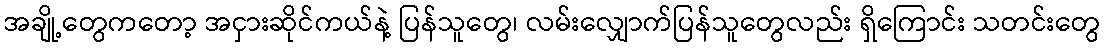
အချို့တွေကတော့ အငှားဆိုင်ကယ်နဲ့ ပြန်သူတွေ၊ လမ်းလျှောက်ပြန်သူတွေလည်း ရှိကြောင်း သတင်းတွေ